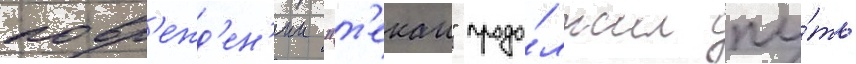
повр'ежд'ен'ии "т'екаи" продо́лжил пу́ть